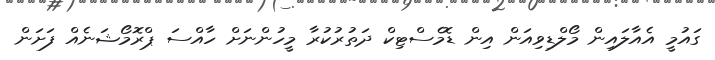
ގައުމީ އެއާލައިން މޯލްޑިވިއަން އިން ޑޮމެސްޓިކް ދަތުރުކުރާ މީހުންނަށް ހާއްސަ ޕްރޮމޯޝަނެއް ފަށަން